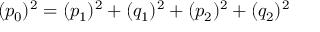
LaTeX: ( p _ { 0 } ) ^ { 2 } = ( p _ { 1 } ) ^ { 2 } + ( q _ { 1 } ) ^ { 2 } + ( p _ { 2 } ) ^ { 2 } + ( q _ { 2 } ) ^ { 2 }